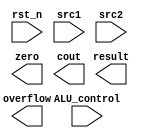
//Subject:     CA - ALU
//--------------------------------------------------------------------------------

module alu(
           rst_n,         // negative reset            (input)
           src1,          // 32 bits source 1          (input)
           src2,          // 32 bits source 2          (input)
           ALU_control,   // 4 bits ALU control input  (input)
           result,        // 32 bits result            (output)
           zero,          // 1 bit when the output is 0, zero must be set (output)
           cout,          // 1 bit carry out           (output)
           overflow       // 1 bit overflow            (output)
           );


input           rst_n;
input  [32-1:0] src1;
input  [32-1:0] src2;
input   [4-1:0] ALU_control;

output [32-1:0] result;
output          zero;
output          cout;
output          overflow;

//Parameter

//Main function

endmodule